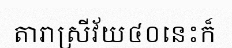
តារាស្រីវ័យ៤០នេះក៏